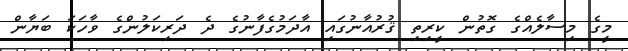
މީގެ މިސާލެއްގެ ގޮތުން ކީރިތި ޤުރުއާނުގައި އާދަމުގެފާނުގެ ދެ ދަރިކަލުންގެ ވާހަކަ ބަޔާން